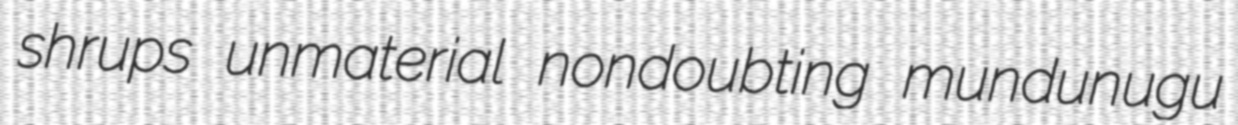
shrups unmaterial nondoubting mundunugu